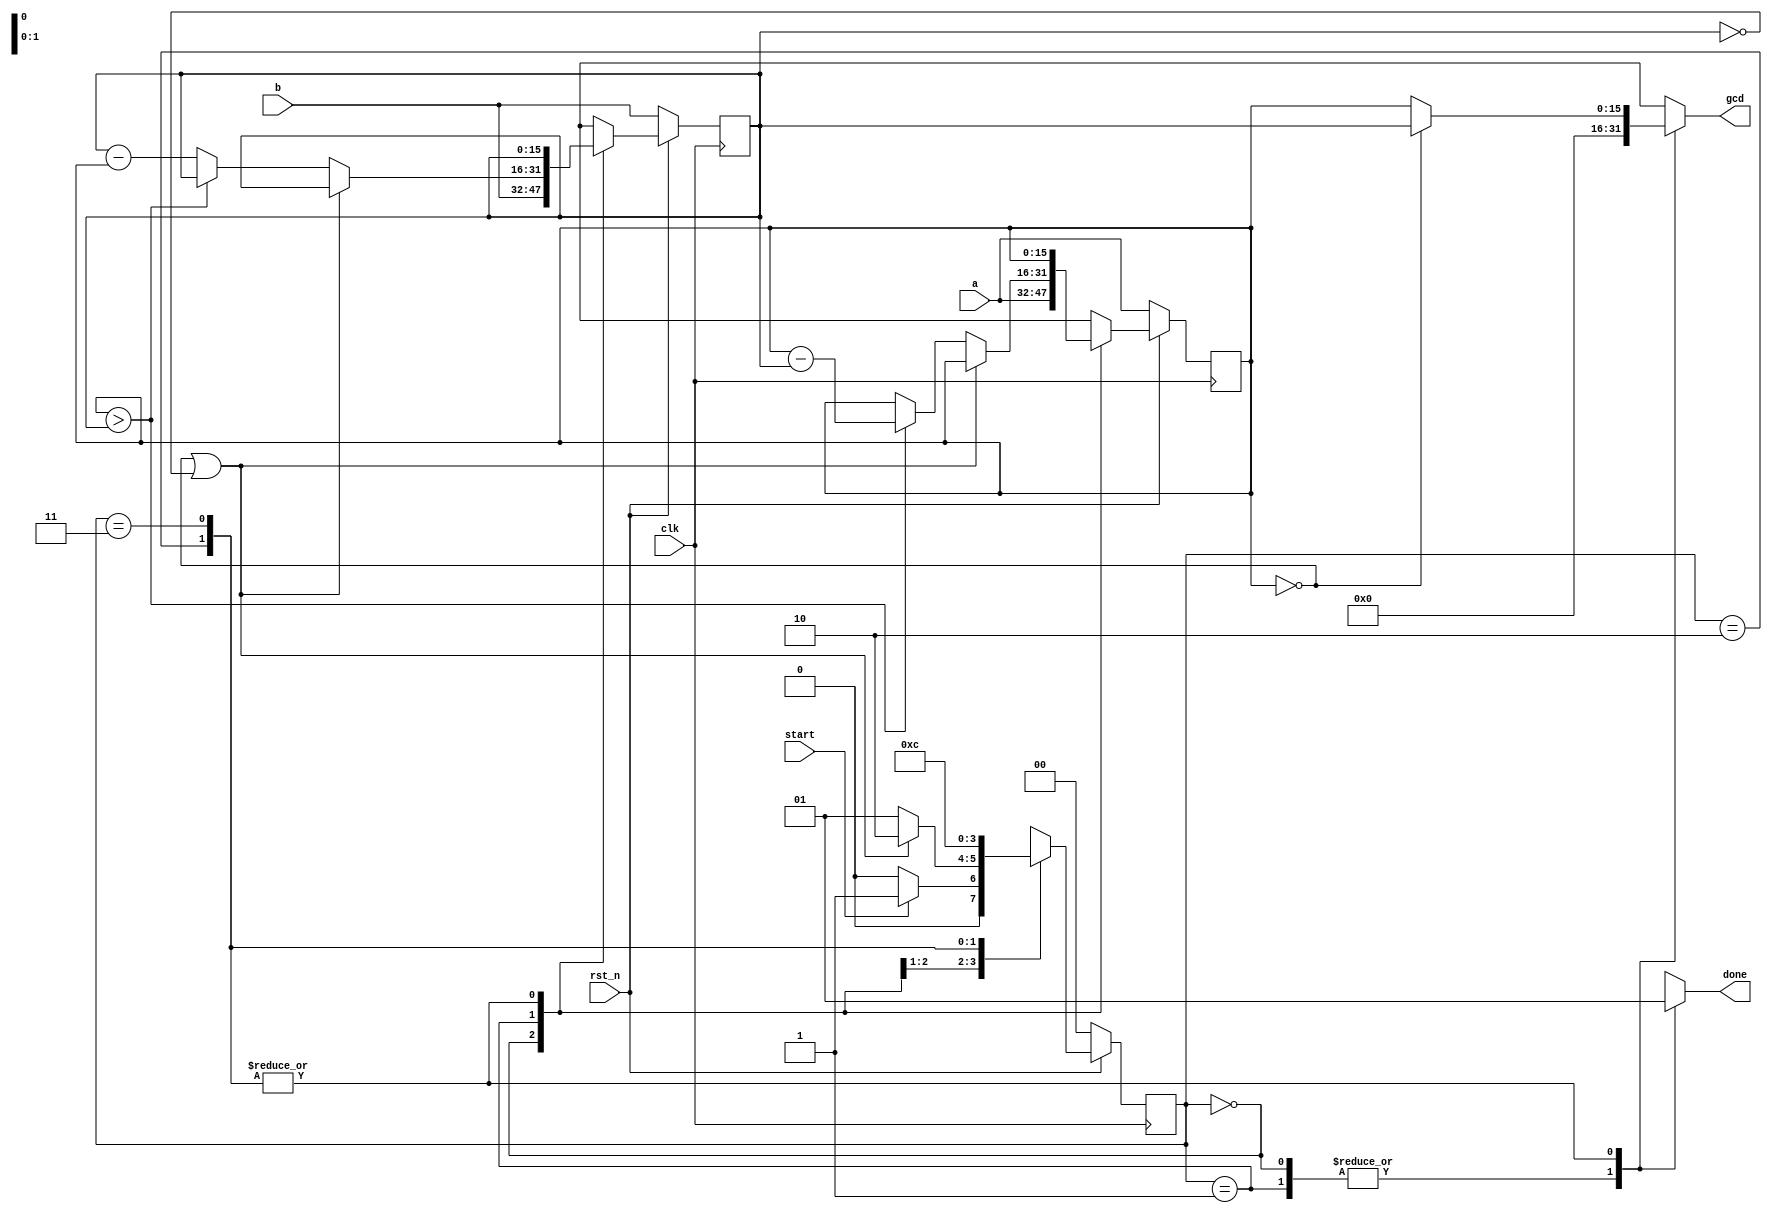
`timescale 1ns/1ps

module Greatest_Common_Divisor (clk, rst_n, start, a, b, done, gcd);
input clk, rst_n;
input start;
input [15:0] a;
input [15:0] b;
output reg done;
output reg [15:0] gcd;

reg [2-1:0] state, next_state;
reg [16-1:0] num_a, num_b, next_a, next_b;

parameter WAIT = 2'b00;
parameter CAL = 2'b01;
parameter FINISH = 2'b10;
parameter FINISH_2 = 2'b11;

    always @(posedge clk) begin
        if(!rst_n) begin
            state <= WAIT;
            num_a <= a;
            num_b <= b;
        end
        else begin
            state <= next_state;
            num_a <= next_a;
            num_b <= next_b;
        end
    end

    always @(*) begin
        case(state)
            WAIT: begin
                done = 1'b0;
                gcd = 16'b0;
                if(start) begin
                    next_state = CAL;
                    next_a = a;
                    next_b = b;
                end
                else begin
                    next_state = WAIT;
                    next_a = a;
                    next_b = b;
                end
            end
            CAL: begin
                done = 1'b0;
                gcd = 16'b0;
                if(num_a == 16'b0 || num_b == 16'b0) begin
                    next_state = FINISH;
                    next_a = num_a;
                    next_b = num_b;
                end
                else begin
                    next_state = CAL;
                    if(num_a > num_b) begin
                        next_a = num_a - num_b;
                        next_b = num_b;
                    end
                    else begin
                        next_a = num_a;
                        next_b = num_b - num_a;
                    end
                end
            end
            FINISH: begin
                done = 1'b1;
                next_state = FINISH_2;
                next_a = num_a;
                next_b = num_b;
                if(num_a == 16'b0) begin
                    gcd = num_b;
                end
                else begin
                    gcd = num_a;
                end
            end
            FINISH_2:begin
                done = 1'b1;
                next_state = WAIT;
                next_a = num_a;
                next_b = num_b;
                if(num_a == 16'b0) begin
                    gcd = num_b;
                end
                else begin
                    gcd = num_a;
                end
            end
            default:begin
            end
        endcase
    end


endmodule